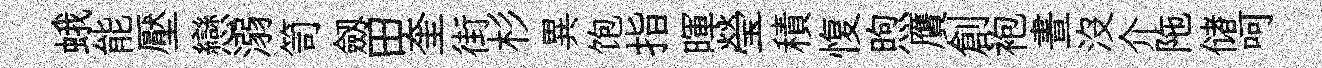
蛾能壓戀溺笥劔田奎街杉異饱指暉瑩積愎煦贋創袍晝沒介陁储呵